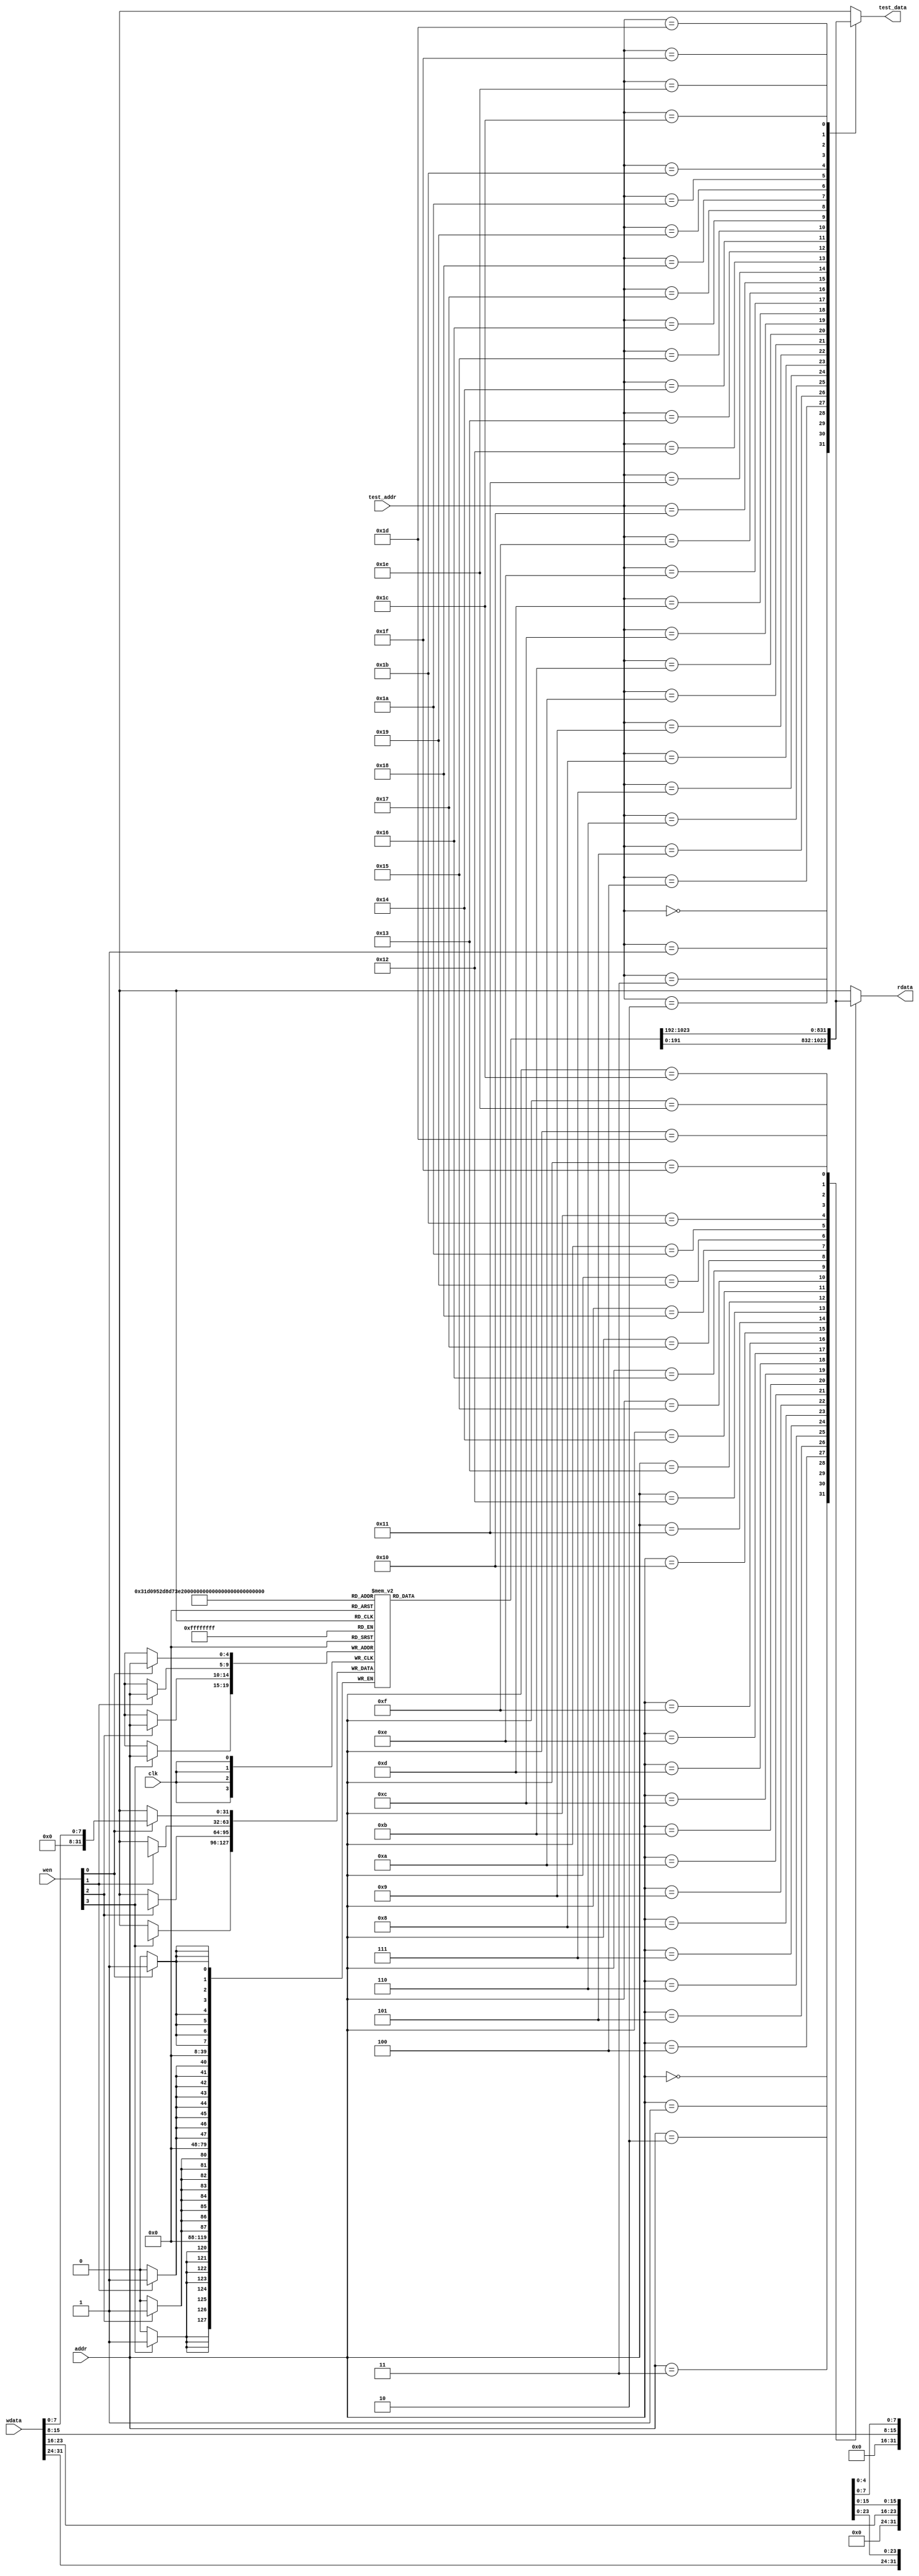
`timescale 1ns / 1ps
//*************************************************************************
//   > : data_mem.v
//   >   
//   >         
//   >   : LOONGSON
//   >   : 2016-04-14
//*************************************************************************
module data_ram(
    input         clk,         // 
    input  [3:0]  wen,         // 
    input  [4:0] addr,        // 
    input  [31:0] wdata,       // 
    output reg [31:0] rdata,       // 
    
    //
    input  [4 :0] test_addr,
    output reg [31:0] test_data
);
    reg [31:0] DM[31:0];  //7'b000_0000~7'b111_1111

    //
    always @(posedge clk)    // 1
    begin
        if (wen[3])
        begin
            DM[addr][31:24] <= wdata[31:24];
        end
    end
    always @(posedge clk)
    begin
        if (wen[2])
        begin
            DM[addr][23:16] <= wdata[23:16];
        end
    end
    always @(posedge clk)
    begin
        if (wen[1])
        begin
            DM[addr][15: 8] <= wdata[15: 8];
        end
    end
    always @(posedge clk)
    begin
        if (wen[0])
        begin
            DM[addr][7 : 0] <= wdata[7 : 0];
        end
    end
    
    //,4
    always @(*)
    begin
        case (addr)
            5'd0 : rdata <= DM[0 ];
            5'd1 : rdata <= DM[1 ];
            5'd2 : rdata <= DM[2 ];
            5'd3 : rdata <= DM[3 ];
            5'd4 : rdata <= DM[4 ];
            5'd5 : rdata <= DM[5 ];
            5'd6 : rdata <= DM[6 ];
            5'd7 : rdata <= DM[7 ];
            5'd8 : rdata <= DM[8 ];
            5'd9 : rdata <= DM[9 ];
            5'd10: rdata <= DM[10];
            5'd11: rdata <= DM[11];
            5'd12: rdata <= DM[12];
            5'd13: rdata <= DM[13];
            5'd14: rdata <= DM[14];
            5'd15: rdata <= DM[15];
            5'd16: rdata <= DM[16];
            5'd17: rdata <= DM[17];
            5'd18: rdata <= DM[18];
            5'd19: rdata <= DM[19];
            5'd20: rdata <= DM[20];
            5'd21: rdata <= DM[21];
            5'd22: rdata <= DM[22];
            5'd23: rdata <= DM[23];
            5'd24: rdata <= DM[24];
            5'd25: rdata <= DM[25];
            5'd26: rdata <= DM[26];
            5'd27: rdata <= DM[27];
            5'd28: rdata <= DM[28];
            5'd29: rdata <= DM[29];
            5'd30: rdata <= DM[30];
            5'd31: rdata <= DM[31];
        endcase
    end
    //
    always @(*)
    begin
        case (test_addr)
            5'd0 : test_data <= DM[0 ];
            5'd1 : test_data <= DM[1 ];
            5'd2 : test_data <= DM[2 ];
            5'd3 : test_data <= DM[3 ];
            5'd4 : test_data <= DM[4 ];
            5'd5 : test_data <= DM[5 ];
            5'd6 : test_data <= DM[6 ];
            5'd7 : test_data <= DM[7 ];
            5'd8 : test_data <= DM[8 ];
            5'd9 : test_data <= DM[9 ];
            5'd10: test_data <= DM[10];
            5'd11: test_data <= DM[11];
            5'd12: test_data <= DM[12];
            5'd13: test_data <= DM[13];
            5'd14: test_data <= DM[14];
            5'd15: test_data <= DM[15];
            5'd16: test_data <= DM[16];
            5'd17: test_data <= DM[17];
            5'd18: test_data <= DM[18];
            5'd19: test_data <= DM[19];
            5'd20: test_data <= DM[20];
            5'd21: test_data <= DM[21];
            5'd22: test_data <= DM[22];
            5'd23: test_data <= DM[23];
            5'd24: test_data <= DM[24];
            5'd25: test_data <= DM[25];
            5'd26: test_data <= DM[26];
            5'd27: test_data <= DM[27];
            5'd28: test_data <= DM[28];
            5'd29: test_data <= DM[29];
            5'd30: test_data <= DM[30];
            5'd31: test_data <= DM[31];
        endcase
    end
endmodule